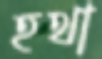
হথা